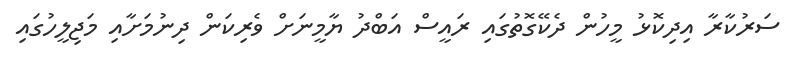
ސަރުކާރާ އިދިކޮޅު މީހުން ދެކޭގޮތުގައި ރައީސް އަބްދު ޔާމީނަށް ވެރިކަން ދިނުމަށާއި މަޖިލީހުގައި